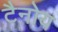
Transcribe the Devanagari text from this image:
टैनोय